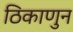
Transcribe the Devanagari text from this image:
ठिकाणुन